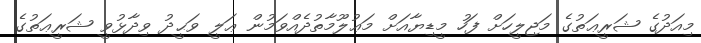
މިއަދުގެ ޝަރީޢަތުގެ މަޖިލީހަށް ފަހު މީޑިޔާއަށް މަޢުލޫމާތުދެއްވަމުން ޢަލީ ވަޙީދު ވިދާޅުވީ ޝަރީޢަތުގެ